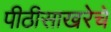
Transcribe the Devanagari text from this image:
पीठीसाखरेचे